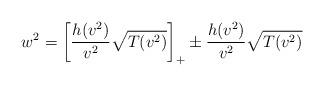
LaTeX: \begin{align*}w^2 = \left[ \frac{h(v^2)}{v^{2}}\sqrt{T(v^2)} \right]_{+} \pm \frac{h(v^2)}{v^{2}}\sqrt{T(v^2)}\end{align*}